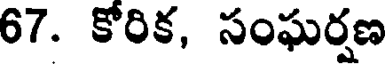
67. కోరిక, సంఘర్షణ